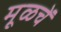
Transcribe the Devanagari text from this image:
मूळचें